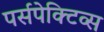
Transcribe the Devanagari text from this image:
पर्सपेक्टिव्स